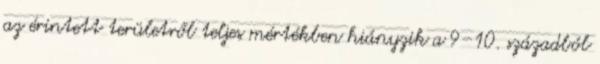
az érintett területről teljes mértékben hiányzik a 9–10. századból